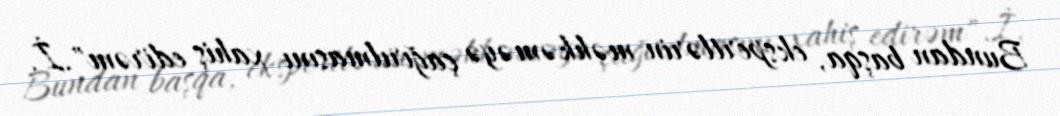
Bundan başqa, ekspertlərin məhkəməyə çağırılmasını xahiş edirəm".İ.